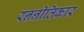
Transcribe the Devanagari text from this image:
रननीतिकार